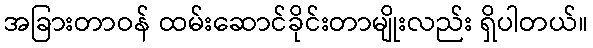
အခြားတာဝန် ထမ်းဆောင်ခိုင်းတာမျိုးလည်း ရှိပါတယ်။